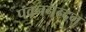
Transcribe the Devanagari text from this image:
पवननन्दन